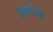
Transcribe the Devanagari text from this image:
शबरीची